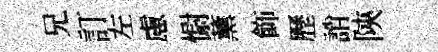
兄訂左慮𢠢薰飾歷誚陝